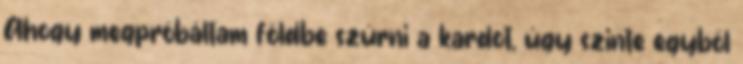
Ahogy megpróbáltam földbe szúrni a kardot, úgy szinte egyből